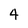
Character: 4